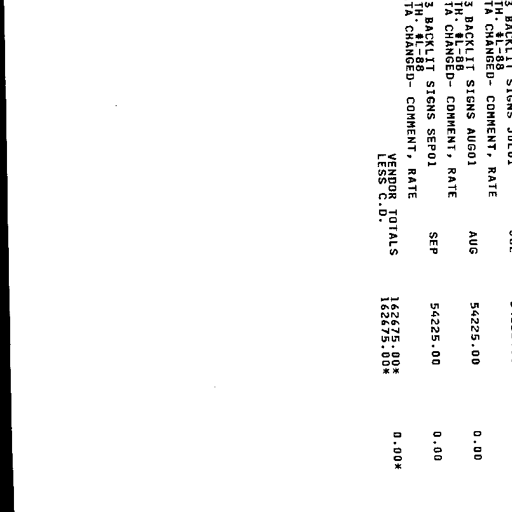
3 BACKLIT SIGNS JUL01
TH. #L-88
TA CHANGED- COMMENT, RATE

3 BACKLIT SIGNS AUG01
TH. #L-88
TA CHANGED- COMMENT, RATE

3 BACKLIT SIGNS SEP01
TH. #L-88
TA CHANGED- COMMENT, RATE

VENDOR TOTALS
LESS C.D.

AUG

SEP

54225.00

54225.00

162675.00*
162675.00*

0.00

0.00

0.00*